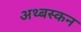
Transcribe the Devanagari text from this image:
अथ्बस्कन